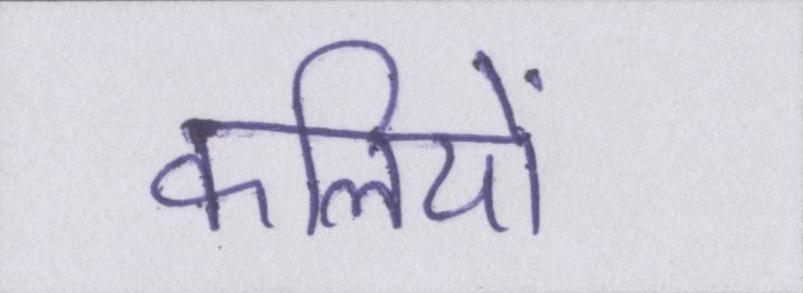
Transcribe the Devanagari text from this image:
कलियों